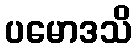
ပမောဒသိ